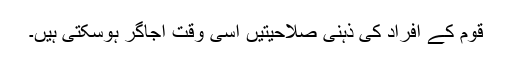
قوم کے افراد کی ذہنی صلاحیتیں اسی وقت اجاگر ہوسکتی ہیں۔